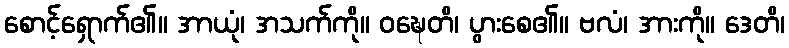
စောင့်ရှောက်၏။ အာယုံ၊ အသက်ကို။ ဝဍ္ဎေတိ၊ ပွားစေ၏။ ဗလံ၊ အားကို။ ဒေတိ၊